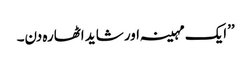
’’ایک مہینہ اور شاید اٹھارہ دن۔